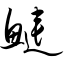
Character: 鲢